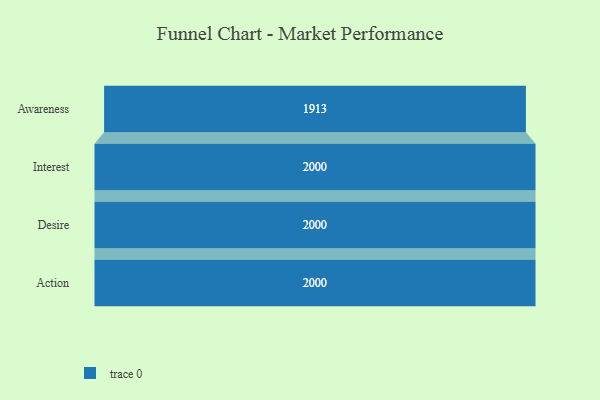
{"axis": {"x": "Stage", "y": "Value"}, "legend": [""], "data": [{"x": "Awareness", "y": 1913.0, "type": ""}, {"x": "Interest", "y": 2000, "type": ""}, {"x": "Desire", "y": 2000, "type": ""}, {"x": "Action", "y": 2000, "type": ""}]}